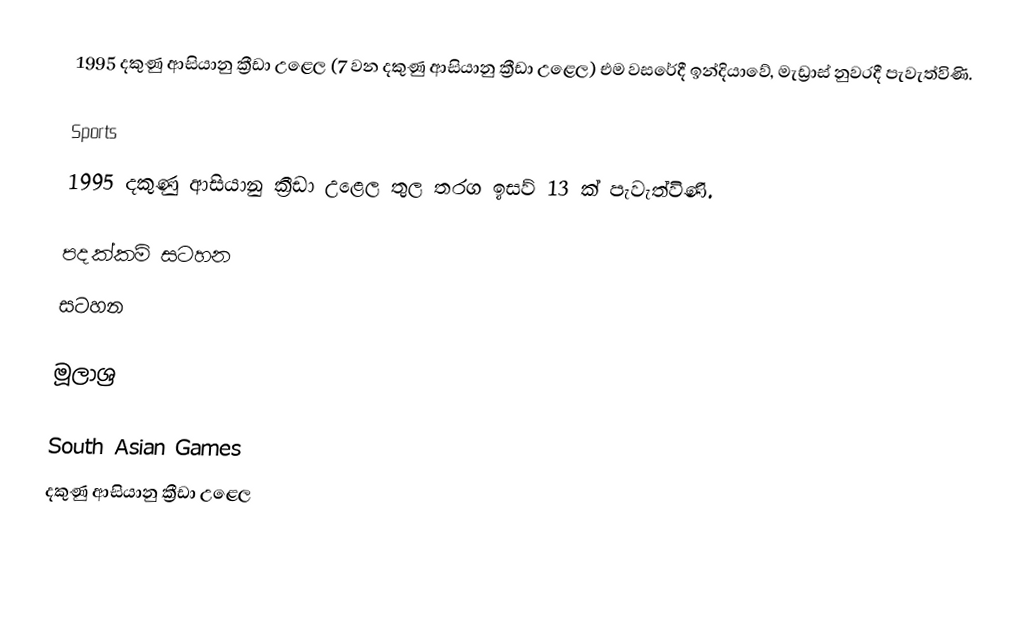
1995 දකුණු ආසියානු ක්‍රීඩා උළෙල (7 වන දකුණු ආසියානු ක්‍රීඩා උළෙල) එම වසරේදී ඉන්දියාවේ, මැඩ්‍රාස් නුවරදී පැවැත්විණි.

Sports
1995 දකුණු ආසියානු ක්‍රීඩා උළෙල තුල තරග ඉසව් 13 ක් පැවැත්විණි.

පදක්කම් සටහන
සටහන

මූලාශ්‍ර

South Asian Games
දකුණු ආසියානු ක්‍රීඩා උළෙල